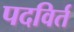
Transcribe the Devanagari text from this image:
पदविर्त